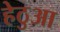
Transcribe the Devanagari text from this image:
हेठुआ